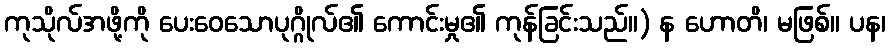
ကုသိုလ်အဖို့ကို ပေးဝေသောပုဂ္ဂိုလ်၏ ကောင်းမှု၏ ကုန်ခြင်းသည်။) န ဟောတိ၊ မဖြစ်။ ပန၊